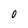
Character: 0